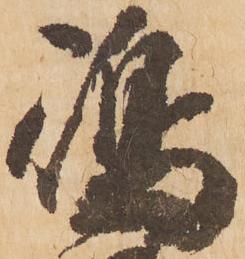
嶋